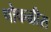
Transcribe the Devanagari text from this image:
पोकळीस